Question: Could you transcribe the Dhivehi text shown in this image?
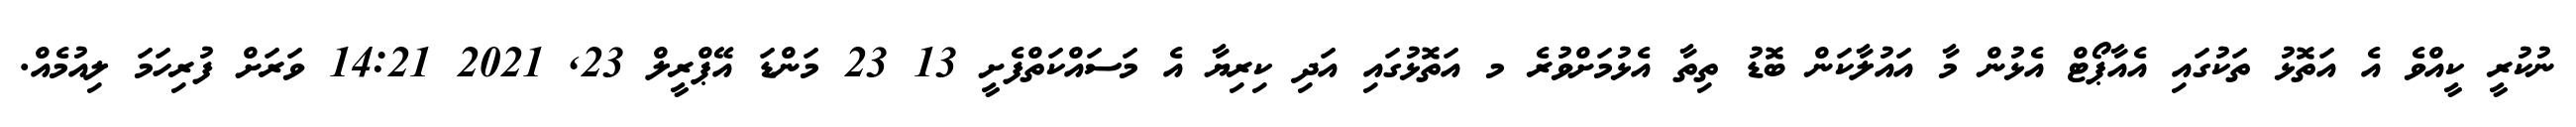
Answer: ނުކުރީ ކީއްވެ އެ އަތޮޅު ތަކުގައި އެއާޕޯޓް އެޅުން މާ އައުލާކަން ބޮޑު ތިތާ އެޅުމަށްވުރެ މ އަތޮޅުގައި އަދި ކިރިޔާ އެ މަސައްކަތްފެށީ 13 23 މަންޑަ އޭޕްރީލް 23, 2021 14:21 ވަރަށް ފުރިހަމަ ލިއުމެއް.